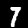
Label: 7